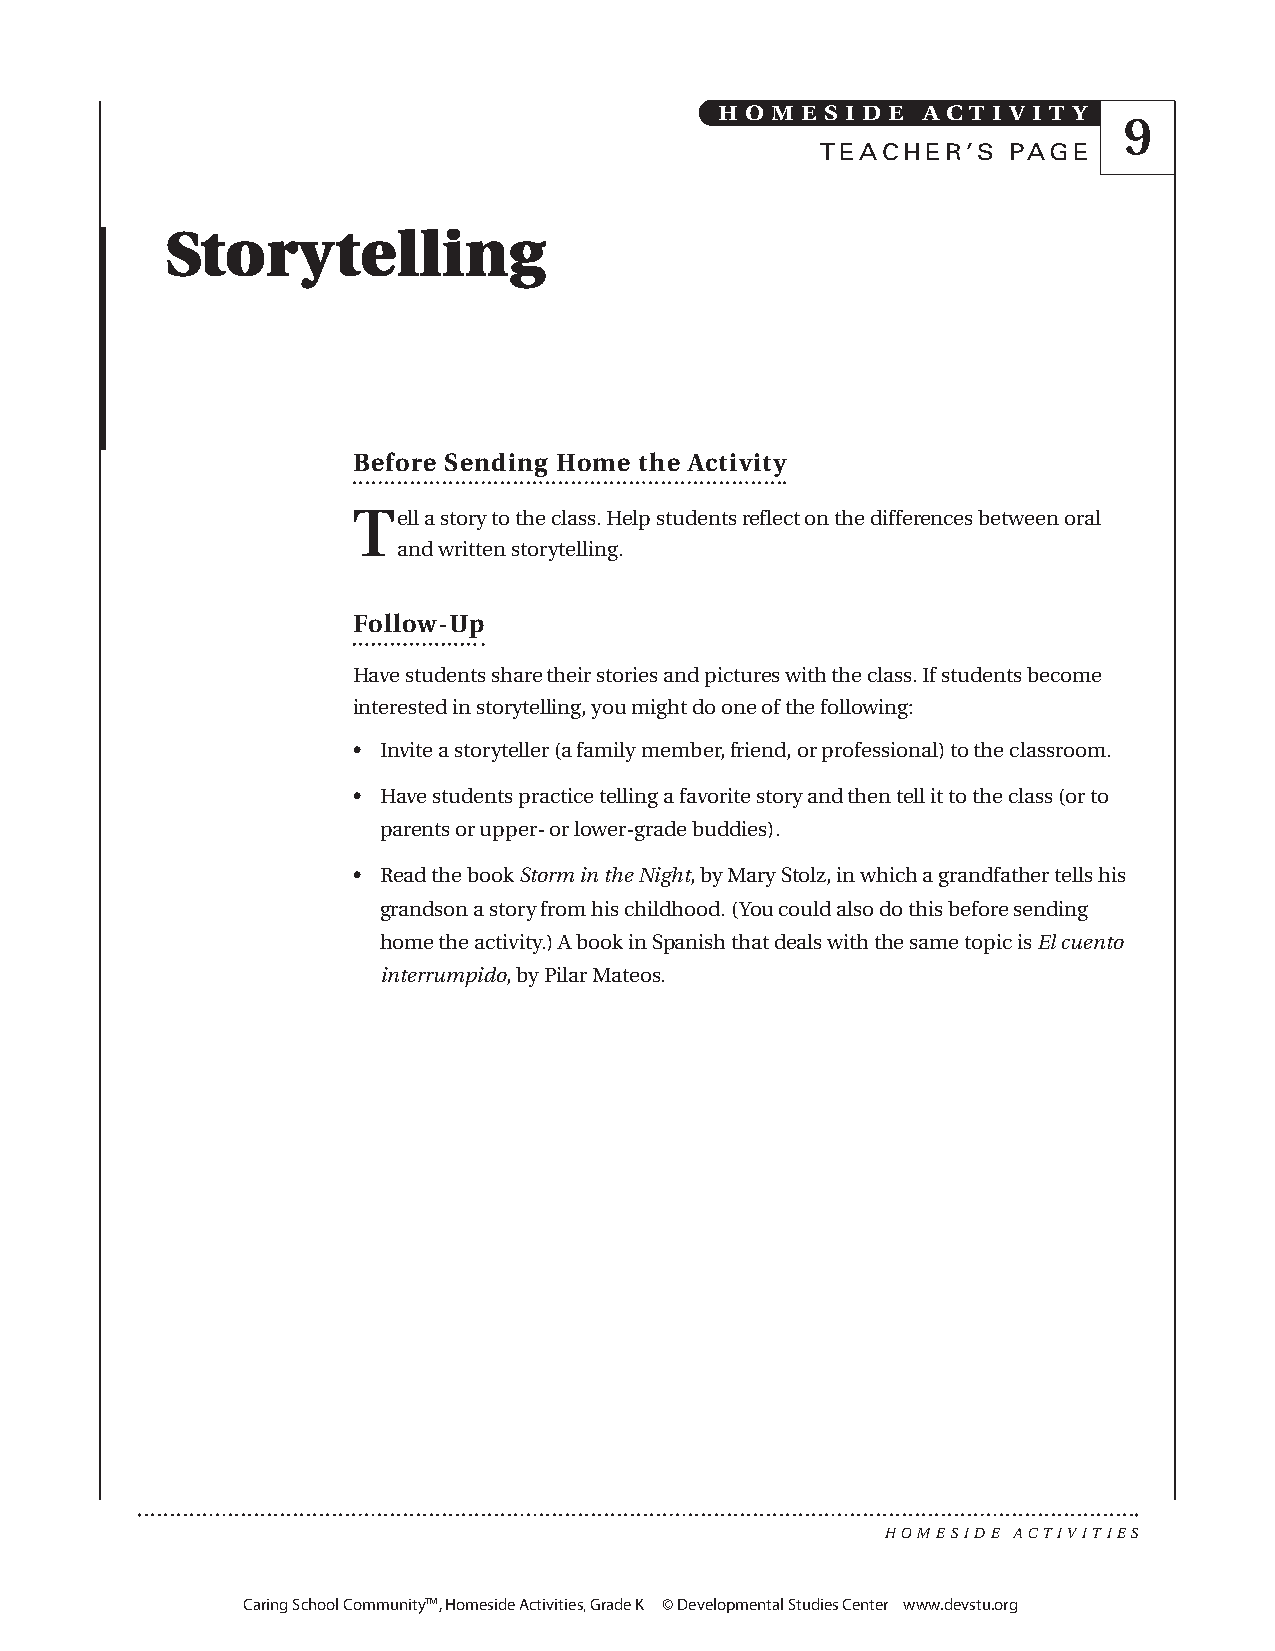
H O M E S I D E A C T I V I T Y
 9
 TEACHER’S    PAGE
 Storytelling
 Before Sending Home the Activity
 Tell a story to the class. Help students reflect on the differences between oral
 and written storytelling.
 Follow-Up
 Have students share their stories and pictures with the class. If students become
 interested in storytelling, you might do one of the following:
 • Invite a storyteller (a family member, friend, or professional) to the classroom.
 • Have students practice telling a favorite story and then tell it to the class (or to
 parents or upper- or lower-grade buddies).
 • Read the book Storm in the Night,by Mary Stolz, in which a grandfather tells his
 grandson a story from his childhood. (You could also do this before sending
 home the activity.) A book in Spanish that deals with the same topic is El cuento
 interrumpido,by Pilar Mateos.
 HOMESIDE ACTIVITIES
 Caring School Community™, Homeside Activities, Grade K © Developmental Studies Center www.devstu.org